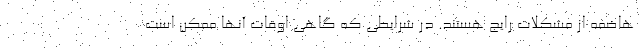
هاضمه از مشکلات رایج هستند. در شرایطی که گاهی اوقات آنها ممکن است